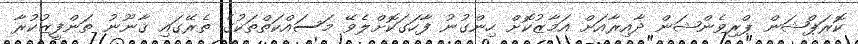
ކޮރަޕްޝަން ޕްރިވެންޝަން ދާއިރާއަށް އަމާޒުކޮށް ހިންގުނު ފާހަގަކޮށްލެވޭ މަސައްކަތްތަކުގެ ތެރޭގައި ޤާނޫނު ތަންފީޒުކުރާ